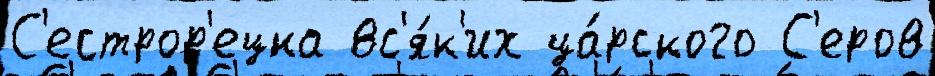
С'естрор'ецка вс'я́к'их ца́рского С'еров